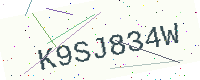
Text: K9SJ834W